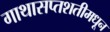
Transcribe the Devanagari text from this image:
गाथासप्तशतीमधून